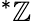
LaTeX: ^{*}\mathbb{Z}